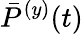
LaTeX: \bar{P}^{(y)}(t)